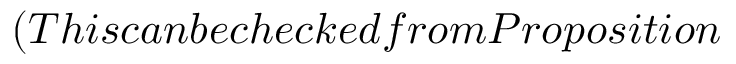
( T h i s c a n b e c h e c k e d f r o m P r o p o s i t i o n